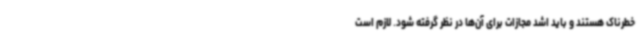
خطرناک هستند و باید اشد مجازات برای آن‌ها در نظر گرفته شود. لازم است